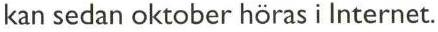
kan sedan oktober höras i Internet.